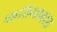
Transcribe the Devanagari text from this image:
कठियावाढ